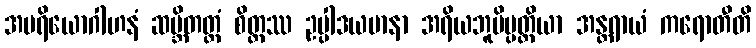
အပရိယောဂါဟနံ ဆမ္ဘိတတ္တံ စိတ္တဿ ဥပ္ပါဒယမာနာ အရိယဘူမိပ္ပတ္တိယာ အန္တရာယံ ကရောတီတိ